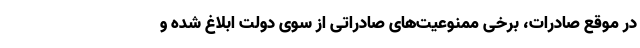
در موقع صادرات، برخی ممنوعیت‌های صادراتی از سوی دولت ابلاغ شده و